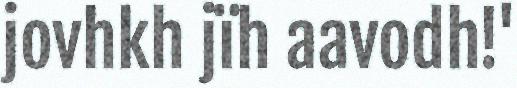
jovhkh jïh aavodh!'